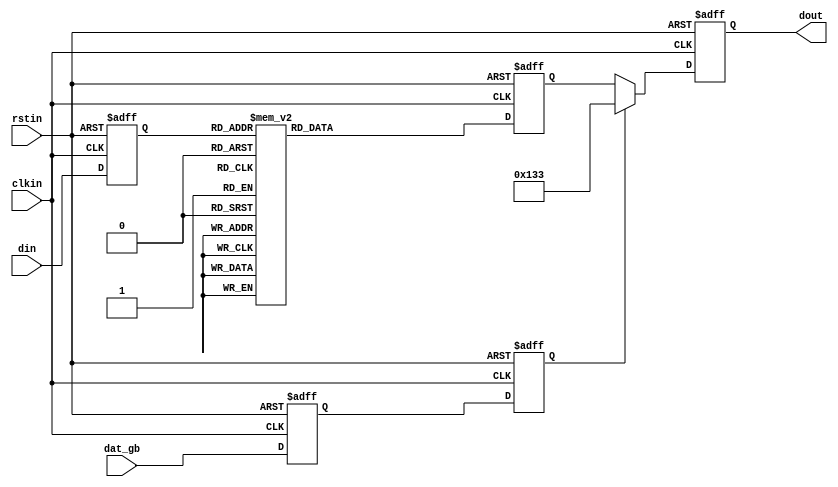
module encode_terc4 (
  input            clkin,    // pixel clock input
  input            rstin,    // async. reset input (active high)
  input      [3:0] din,      // data inputs: expect registered
  output reg [9:0] dout,      // data outputs
  input            dat_gb
);

   reg [3:0] 	   din_q;    // extra stages to match pipeline delays
   reg [9:0] 	   q_m_reg;  // extra stages to match pipeline delays

   reg             dat_gb_q, dat_gb_reg;

   always @(posedge clkin or posedge rstin) begin
      if(rstin) begin
	 din_q <= 4'b0;
	 dout <= 10'b0;
	 dat_gb_q <= 1'b0;
	 dat_gb_reg <= 1'b0;
      end else begin
	 din_q <= din;
	 dat_gb_q <= dat_gb;
	 dat_gb_reg <= dat_gb_q;

	 if( dat_gb_reg ) begin
	    dout <= 10'b0100110011;
	 end else begin
	    dout <= q_m_reg;
	 end
      end // else: !if(rstin)
   end // always @ (posedge clkin or posedge rstin)
   
   always @(posedge clkin or posedge rstin) begin
      if( rstin ) begin
	 q_m_reg[9:0] <= 10'h0;
      end else begin
      case ({din_q[3], din_q[2], din_q[1], din_q[0]})
	4'b0000: q_m_reg[9:0] <= 10'b1010011100;
	4'b0001: q_m_reg[9:0] <= 10'b1001100011;
	4'b0010: q_m_reg[9:0] <= 10'b1011100100;
	4'b0011: q_m_reg[9:0] <= 10'b1011100010;
	4'b0100: q_m_reg[9:0] <= 10'b0101110001;
	4'b0101: q_m_reg[9:0] <= 10'b0100011110;
	4'b0110: q_m_reg[9:0] <= 10'b0110001110;
	4'b0111: q_m_reg[9:0] <= 10'b0100111100;
	4'b1000: q_m_reg[9:0] <= 10'b1011001100;
	4'b1001: q_m_reg[9:0] <= 10'b0100111001;
	4'b1010: q_m_reg[9:0] <= 10'b0110011100;
	4'b1011: q_m_reg[9:0] <= 10'b1011000110;
	4'b1100: q_m_reg[9:0] <= 10'b1010001110;
	4'b1101: q_m_reg[9:0] <= 10'b1001110001;
	4'b1110: q_m_reg[9:0] <= 10'b0101100011;
	4'b1111: q_m_reg[9:0] <= 10'b1011000011;
	// no default since all cases are covered in this ROM.
      endcase // case ({din_q[3], din_q[2], din_q[1], din_q[0]})
      end // else: !if( rstin )
   end // always @ (posedge clkin or posedge rstin)

endmodule